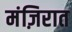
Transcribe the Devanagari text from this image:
मंज़िरात